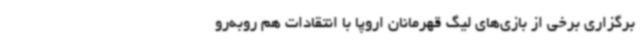
برگزاری برخی از بازی‌های لیگ قهرمانان اروپا با انتقادات هم روبه‌رو